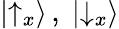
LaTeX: |{\uparrow}_{x}\rangle\, ,\; |{\downarrow}_{x}\rangle